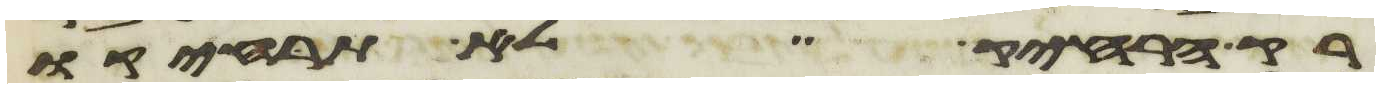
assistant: רק הרחיק לא תרחיקו